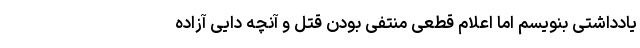
یادداشتی بنویسم اما اعلام قطعی منتفی بودن قتل و آنچه داییِ آزاده